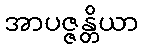
အာပဇ္ဇန္တိယာ